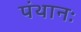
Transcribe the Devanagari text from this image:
पंथानः